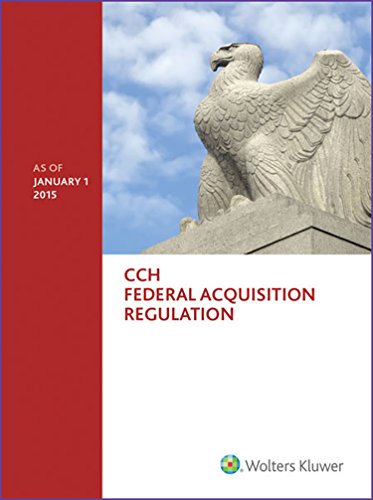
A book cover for Federal Acquisition Regulation (FAR) - as of January 1, 2015; Wolters Kluwer Law and Business; Law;